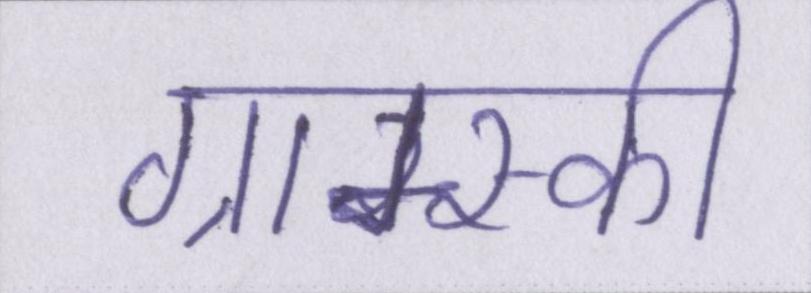
ग्राम्स्की